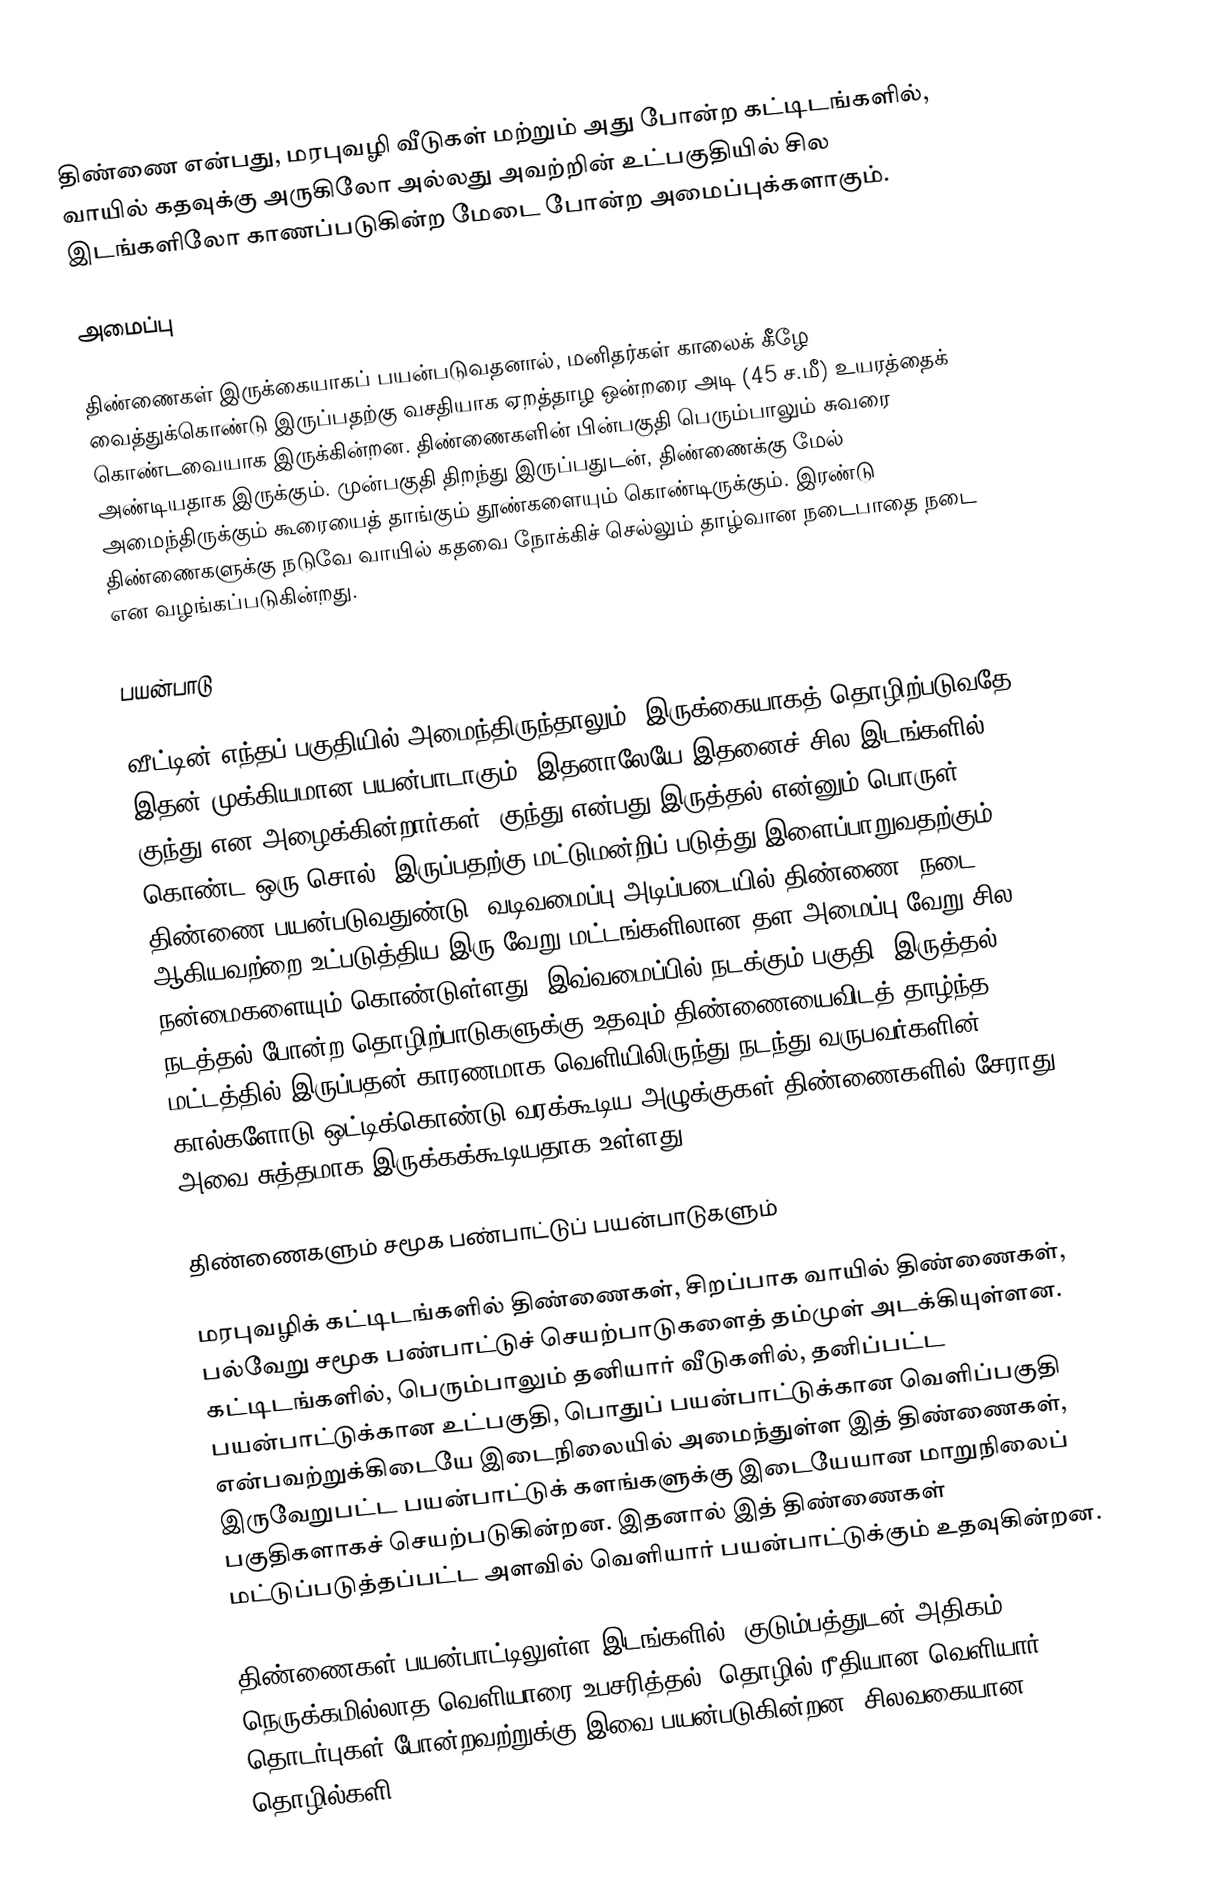
திண்ணை என்பது, மரபுவழி வீடுகள் மற்றும் அது போன்ற கட்டிடங்களில், வாயில் கதவுக்கு அருகிலோ அல்லது அவற்றின் உட்பகுதியில் சில இடங்களிலோ காணப்படுகின்ற மேடை போன்ற அமைப்புக்களாகும்.

அமைப்பு

திண்ணைகள் இருக்கையாகப் பயன்படுவதனால், மனிதர்கள் காலைக் கீழே வைத்துக்கொண்டு இருப்பதற்கு வசதியாக ஏறத்தாழ ஒன்றரை அடி (45 ச.மீ) உயரத்தைக் கொண்டவையாக இருக்கின்றன. திண்ணைகளின் பின்பகுதி பெரும்பாலும் சுவரை அண்டியதாக இருக்கும். முன்பகுதி திறந்து இருப்பதுடன், திண்ணைக்கு மேல் அமைந்திருக்கும் கூரையைத் தாங்கும் தூண்களையும் கொண்டிருக்கும். இரண்டு திண்ணைகளுக்கு நடுவே வாயில் கதவை நோக்கிச் செல்லும் தாழ்வான நடைபாதை நடை என வழங்கப்படுகின்றது.

பயன்பாடு

வீட்டின் எந்தப் பகுதியில் அமைந்திருந்தாலும், இருக்கையாகத் தொழிற்படுவதே இதன் முக்கியமான பயன்பாடாகும். இதனாலேயே இதனைச் சில இடங்களில் குந்து என அழைக்கின்றார்கள். குந்து என்பது இருத்தல் என்னும் பொருள் கொண்ட ஒரு சொல். இருப்பதற்கு மட்டுமன்றிப் படுத்து இளைப்பாறுவதற்கும் திண்ணை பயன்படுவதுண்டு. வடிவமைப்பு அடிப்படையில் திண்ணை, நடை ஆகியவற்றை உட்படுத்திய இரு வேறு மட்டங்களிலான தள அமைப்பு வேறு சில நன்மைகளையும் கொண்டுள்ளது. இவ்வமைப்பில் நடக்கும் பகுதி, இருத்தல், நடத்தல் போன்ற தொழிற்பாடுகளுக்கு உதவும் திண்ணையைவிடத் தாழ்ந்த மட்டத்தில் இருப்பதன் காரணமாக வெளியிலிருந்து நடந்து வருபவர்களின் கால்களோடு ஒட்டிக்கொண்டு வரக்கூடிய அழுக்குகள் திண்ணைகளில் சேராது அவை சுத்தமாக இருக்கக்கூடியதாக உள்ளது.

திண்ணைகளும் சமூக பண்பாட்டுப் பயன்பாடுகளும்

மரபுவழிக் கட்டிடங்களில் திண்ணைகள், சிறப்பாக வாயில் திண்ணைகள், பல்வேறு சமூக பண்பாட்டுச் செயற்பாடுகளைத் தம்முள் அடக்கியுள்ளன. கட்டிடங்களில், பெரும்பாலும் தனியார் வீடுகளில், தனிப்பட்ட பயன்பாட்டுக்கான உட்பகுதி, பொதுப் பயன்பாட்டுக்கான வெளிப்பகுதி என்பவற்றுக்கிடையே இடைநிலையில் அமைந்துள்ள இத் திண்ணைகள், இருவேறுபட்ட பயன்பாட்டுக் களங்களுக்கு இடையேயான மாறுநிலைப் பகுதிகளாகச் செயற்படுகின்றன. இதனால் இத் திண்ணைகள் மட்டுப்படுத்தப்பட்ட அளவில் வெளியார் பயன்பாட்டுக்கும் உதவுகின்றன.

திண்ணைகள் பயன்பாட்டிலுள்ள இடங்களில், குடும்பத்துடன் அதிகம் நெருக்கமில்லாத வெளியாரை உபசரித்தல், தொழில் ரீதியான வெளியார் தொடர்புகள் போன்றவற்றுக்கு இவை பயன்படுகின்றன. சிலவகையான தொழில்களி